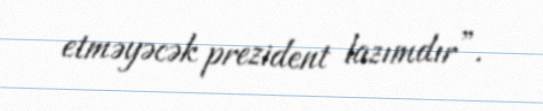
etməyəcək prezident lazımdır”.